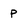
Character: P